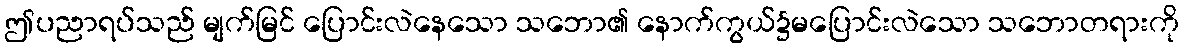
ဤပညာရပ်သည် မျက်မြင် ပြောင်းလဲနေသော သဘော၏ နောက်ကွယ်၌မပြောင်းလဲသော သဘောတရားကို